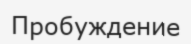
Пробуждение